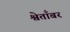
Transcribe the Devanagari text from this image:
श्वेताँबर